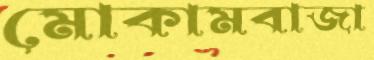
মোকামবাজা